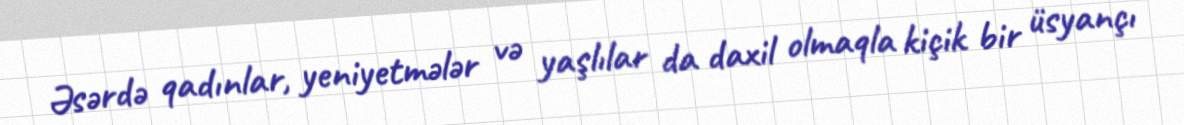
Əsərdə qadınlar, yeniyetmələr və yaşlılar da daxil olmaqla kiçik bir üsyançı